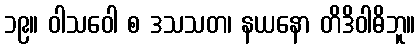
၁၉။ ဝါသဝေါ စ ဒသသတ၊ နယနော တိဒိဝါဓိဘူ။